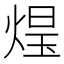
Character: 𭵑